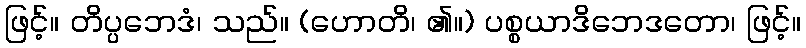
ဖြင့်။ တိပ္ပဘေဒံ၊ သည်။ (ဟောတိ၊ ၏။) ပစ္စယာဒိဘေဒတော၊ ဖြင့်။